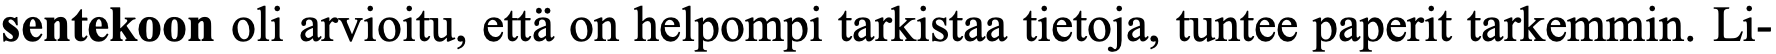
sentekoon oli arvioitu, että on helpompi tarkistaa tietoja, tuntee paperit tarkemmin. Li-